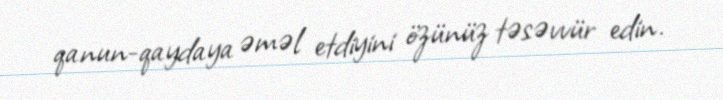
qanun-qaydaya əməl etdiyini özünüz təsəvvür edin.